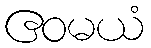
ဧဝမယံ